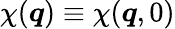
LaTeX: \chi(\boldsymbol{q})\equiv\chi(\boldsymbol{q},0)